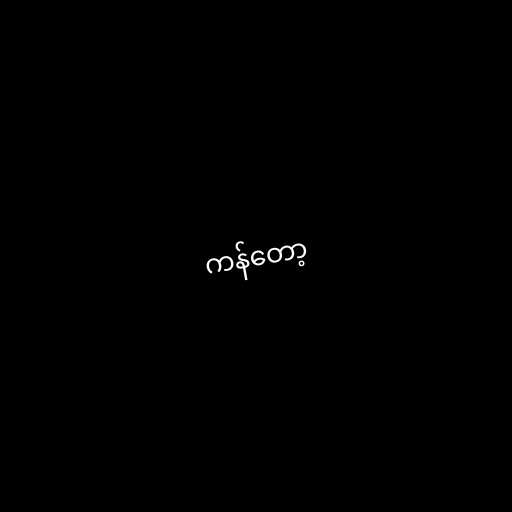
ကန်တော့